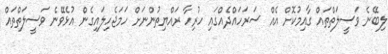
ލިބޭނެ ވަސީލަތްތައް ގާއިމުކޮށް އެއް ސަރަަހައްދެއްގައި ހުރިހާ ރައްޔިތުންނަށް ހަމަޖެހިލައިގެން އުޅެވޭނެ ވަސީލަތްތައް